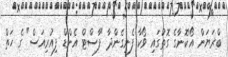
ބްރަޔަން އޯ'ކޮނާގެ ގޮތުގައި ވޯކާ ފެނިގެންދާ "ފާސްޓް އެންޑް ފިއުރިއަސް" ގެ ހަތް